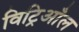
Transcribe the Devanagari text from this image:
विट्रिआँल